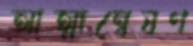
আত্মান্বেষণ